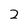
Character: 2